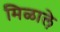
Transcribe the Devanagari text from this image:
मिळाले़